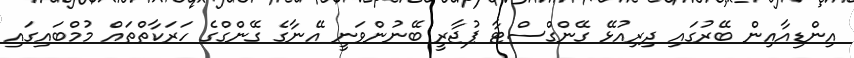
އިންޑިއާއިން ބޭރުގައި ދިރިއުޅޭ ގޭންގްސްޓާ ޕުޖާރީ ބޭނުންވަނީ އޭނާގެ ގޭންގްގެ ހަރަކާތްތައް މުމްބައިގައި